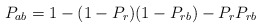
\begin{align*}\begin{aligned}P_{ab} &= 1 - (1-P_r)(1 - P_{rb}) - P_r P_{rb} \\\end{aligned}\end{align*}